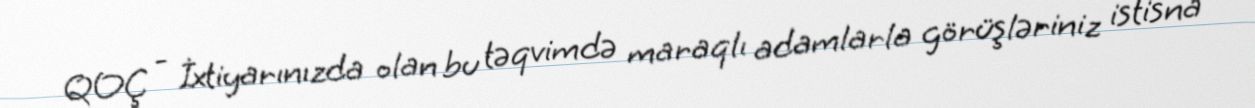
QOÇ - İxtiyarınızda olan bu təqvimdə maraqlı adamlarla görüşləriniz istisna